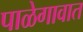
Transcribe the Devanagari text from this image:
पाळेगावात